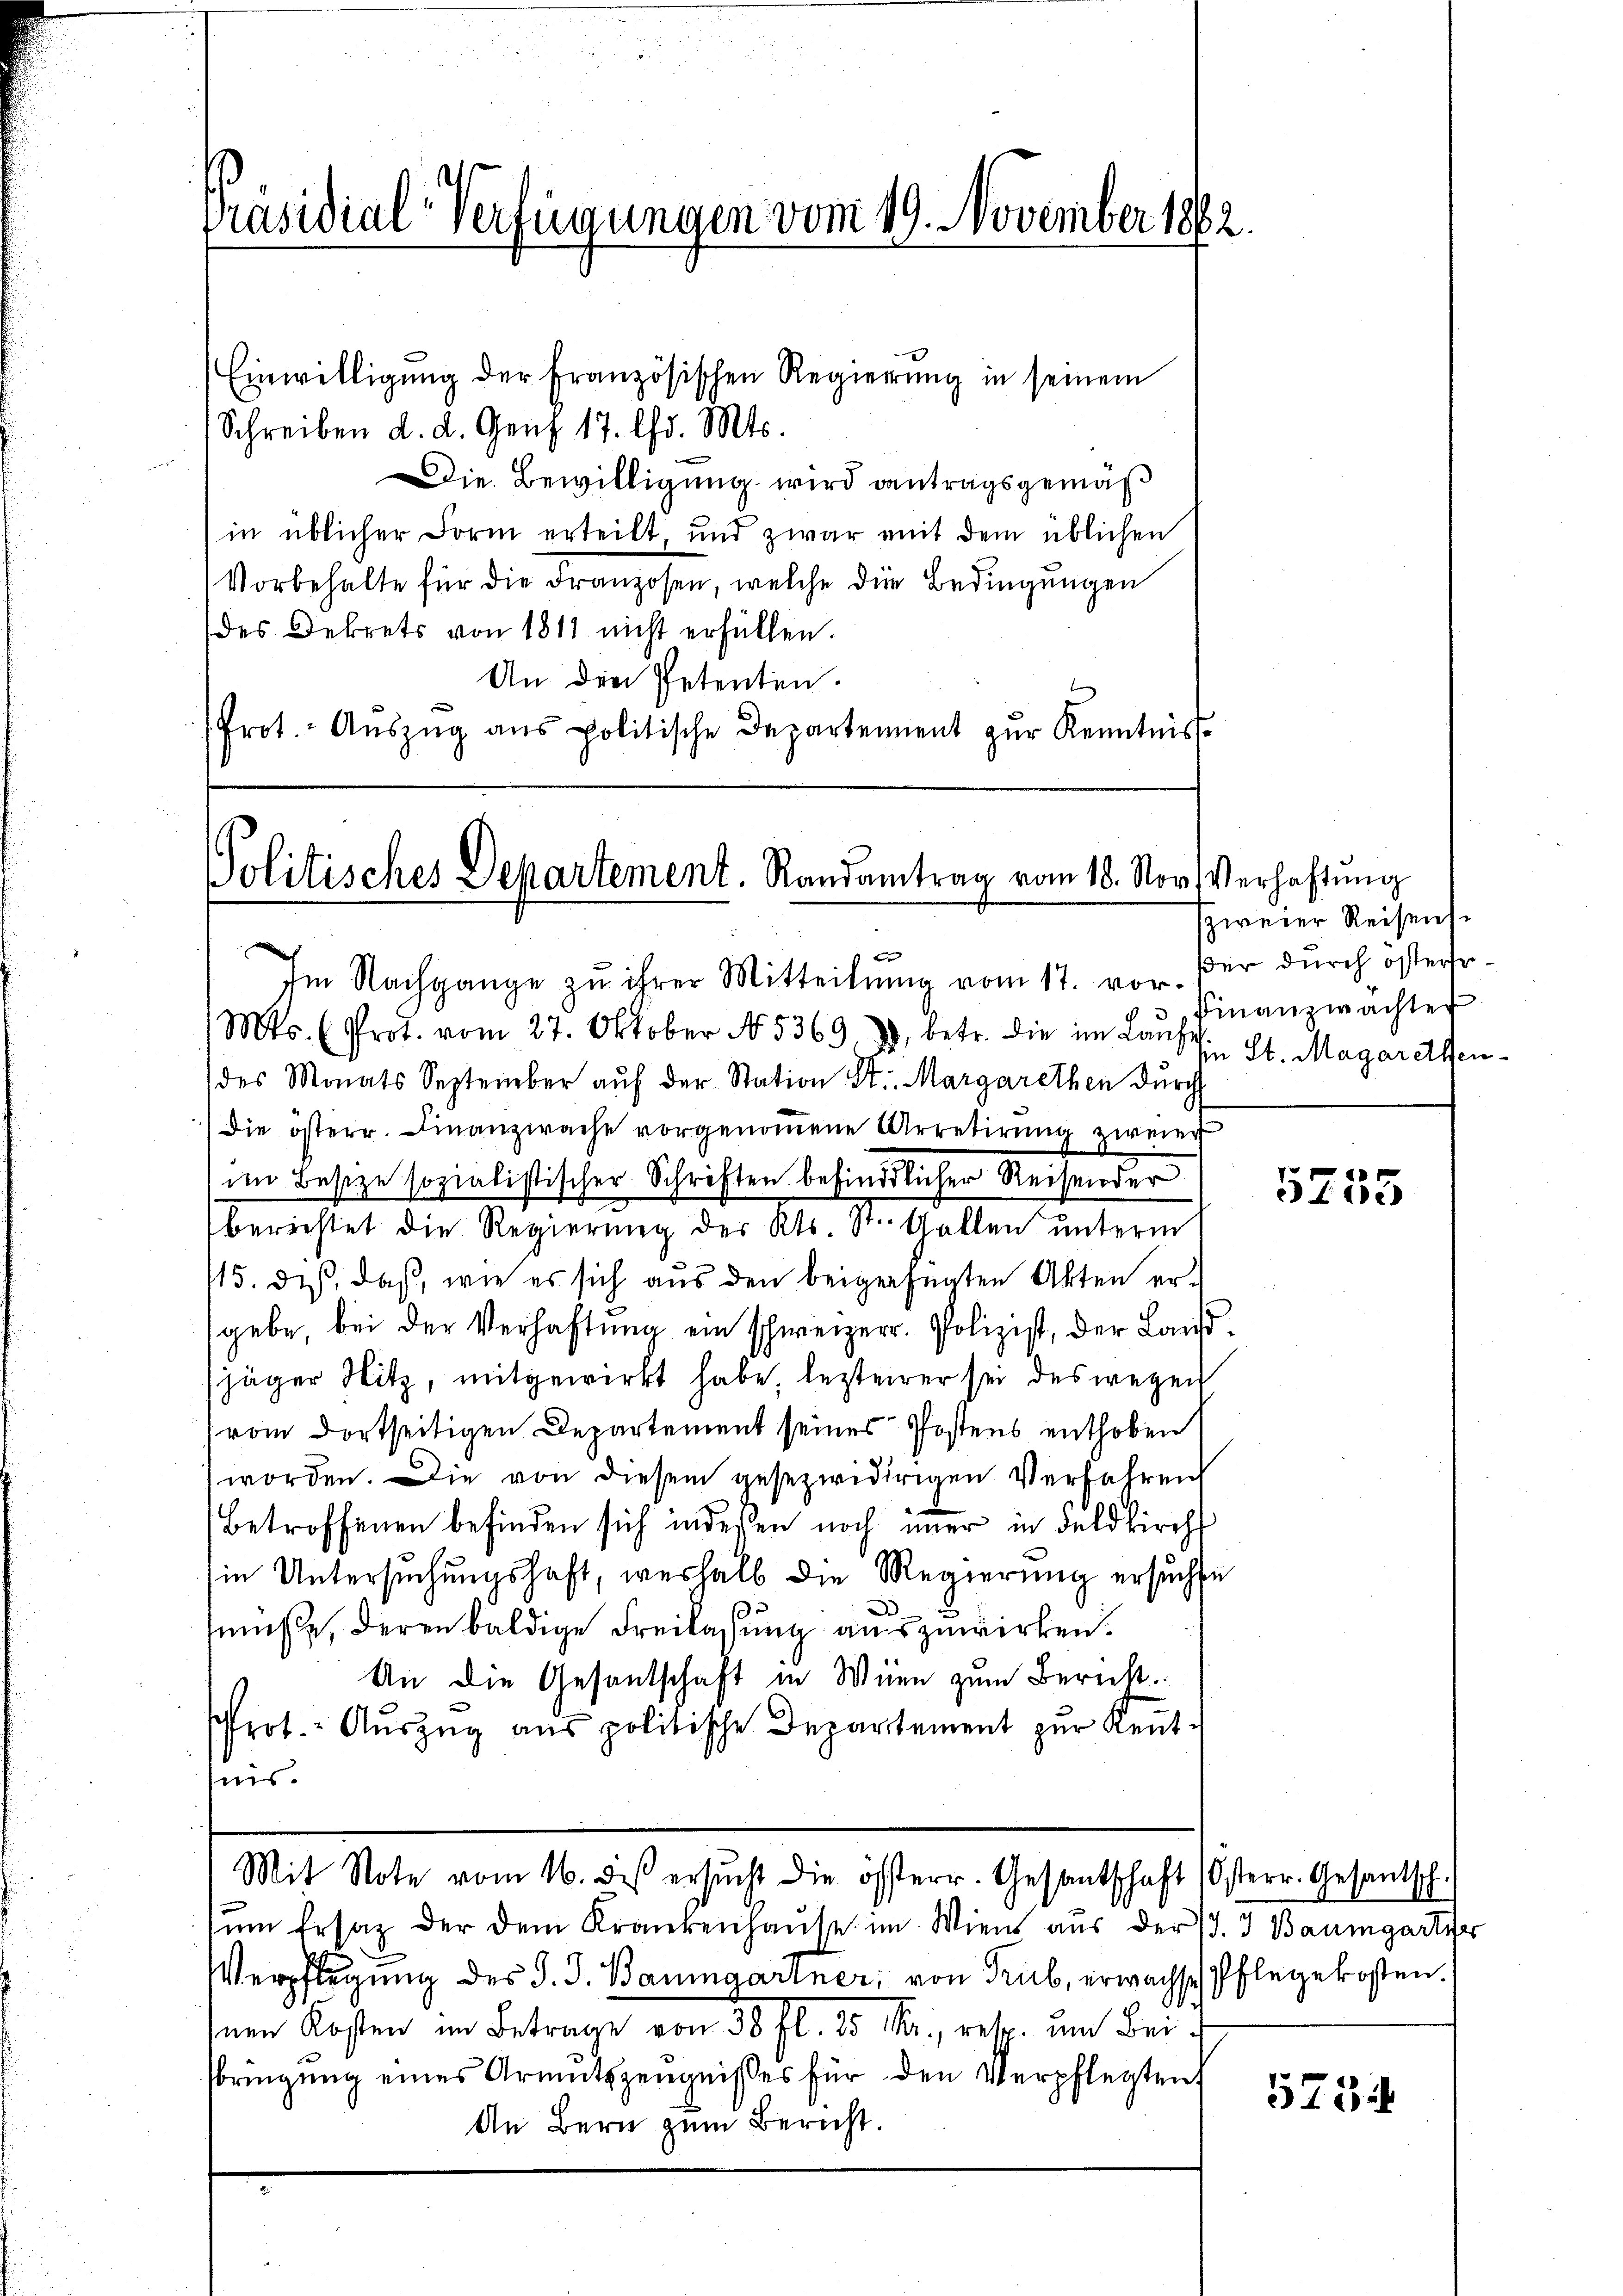
Präsidial-Verfügungen vom 19. November 18

Einwilligung der Französischen Regierung in seinem
Schreiben d. d. Genf 17. Chr. Mts.
Die Bewilligung wird antragsgemäß
in üblicher Form erteilt, und zwar mit dem üblichen
Vorbehalte für die Franzosen, welche die Bedingungen
des Dekrets von 1811 nicht erfüllen.
An den Petenten.
Prot. Aŭszŭg aŭs politische Departement zŭr Kenntnis

2

Politisches Departement. Randamtrag vom 18. Nov. Verhaftung

Im Nachgange zu ihrer Mitteilŭng vom 17. vor. der dŭrch österr-
Mts. (Prot. vom 27. Oktober No 5369), betr. die im Lauf ein St. Magarethendes Monats September aŭf der Station St. Margarethen durch
die österr. Finanzwache vorgenoṁene Arretirung zweier
(im Besize sozialistischer Schriften befindlicher Reisender
berichtet die Regierung des Kts. St. Gallen unterm
15. des, daß, wie es sich aŭs den beigefügten Akten er-
gebe, bei der Verhaftung ein schweizerr. Polizist, der Lausjäger Hitz, mitgewirkt habe, lezterer sei des wegen
rom dortseitigen Departement seines Postens enthoben
worden. Die von diesem gesezwidrigen Verfahren
Betroffenen befinden sich inderen noch immer in Feldkirch
in Untersuchungshaft, weshalb die Regierung ersuchte
3
müsse, deren baldige Freilassung auszuwirken.
An die Gesandtschaft in Wien zum Bericht
Prot. - Auszug aus politische Departement zur Kent-
nis.
Mit Note vom 16. des ersŭcht die österr. Gesantschaft Osterr. Gesantsch.
um Ersatz der dem Krankenhause im Wiens aus der J. 3 Baumgartier
Verpflegung des J. J. Baumgartner, von Trub, erwachse Pflegekosten.
Inen Kosten im Betrage von 50 fl. 15 Fr., retr. um Beibringung eines Armutszeugnißes für den Verpflegten
An Bern zum Bericht.

zweier Reisens
Finanzwachter

5755

5754